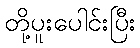
တို့ပူးပေါင်းပြီး